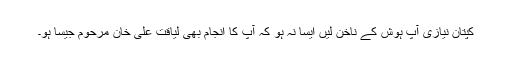
کپتان نیازی آپ ہوش کے ناخن لیں ایسا نہ ہو کہ آپ کا انجام بھی لیاقت علی خان مرحوم جیسا ہو۔